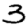
Digit: 3